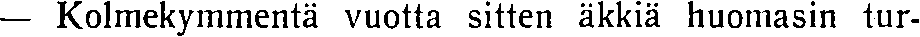
— Kolmekymmentä vuotta sitten äkkiä huomasin tur-